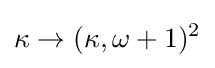
\kappa \rightarrow (\kappa ,\omega +1)^{2}